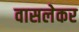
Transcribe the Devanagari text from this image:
वासलेकर